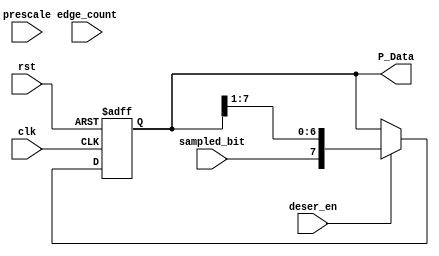
module deserializer (

input	wire			sampled_bit,
input	wire			deser_en,
input	wire			clk,
input	wire			rst,
input	wire		[5:0]	prescale,
input	wire		[5:0]	edge_count,
output	reg		[7:0]	P_Data

);

always @ (posedge clk or negedge rst)
begin
if(!rst)

begin 

P_Data <= 8'b0;

end

else if (deser_en)

begin
// 1100_0101
// 1000_0000    128
// 1100_0000    192
// 0110_0000    96
// 0011_0000    48
// 0001_1000    24
// 1000_1100    140
// 0100_0110    70
// 1010_0011    163

//P_Data <= {sampled_bit,P_Data[6:0]};
P_Data <= {sampled_bit,P_Data[7:1]};
end

end

endmodule